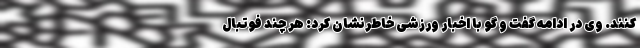
‌کنند. وی در ادامه گفت و گو با اخبار ورزشی خاطرنشان کرد: هر چند فوتبال